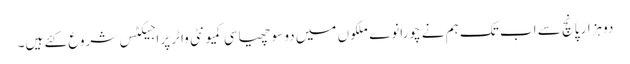
دوہزار پانچ سے اب تک ہم نے چورانوے ملکوں میں دو سو چھیاسی کمیونٹی واٹر پراجیکٹس شروع کئے ہیں۔